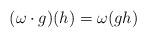
LaTeX: \begin{align*}(\omega \cdot g) (h) = \omega(gh)\end{align*}